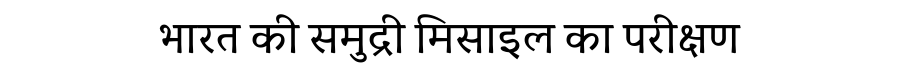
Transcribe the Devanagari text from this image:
भारत की समुद्री मिसाइल का परीक्षण